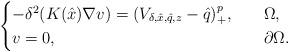
LaTeX: \begin{align*}\begin{cases}-\delta^2(K(\hat{x})\nabla v)= (V_{\delta, \hat{x}, \hat{q}, z}-\hat{q})^{p}_+,\ \ & \ \Omega,\\v=0,\ \ &\ \partial \Omega.\end{cases}\end{align*}